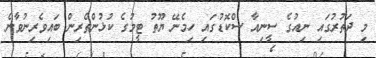
މި ދަތުރުގައި ނިއުގެ ސީނިއާ ސްކޮޑުގައި ހިމެނޭ ޔޫތު ޓީމުގެ ކުޅުންތެރިން ބައިވެރިނުވާނެ